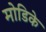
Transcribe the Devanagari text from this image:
मोडिके